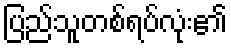
ပြည်သူတစ်ရပ်လုံး၏